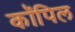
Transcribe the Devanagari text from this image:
कॉपिल